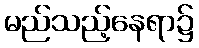
မည်သည့်နေရာ၌